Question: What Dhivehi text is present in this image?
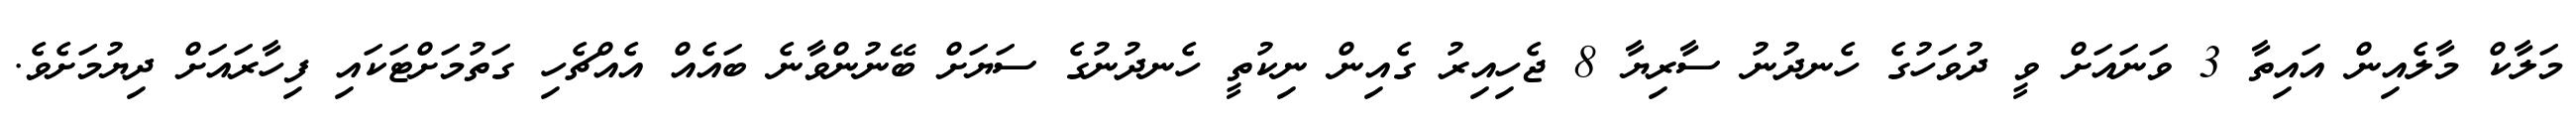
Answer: މަލާކް މާލެއިން އައިތާ 3 ވަނައަށް ވީ ދުވަހުގެ ހެނދުނު ސާރިޔާ 8 ޖެހިއިރު ގެއިން ނިކުތީ ހެނދުނުގެ ސަޔަށް ބޭނުންވާނެ ބައެއް އެއްޗެހި ގަތުމަށްޓަކައި ފިހާރައަށް ދިޔުމަށެވެ.